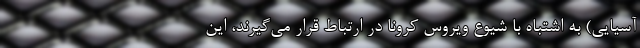
آسیایی) به اشتباه با شیوع ویروس کرونا در ارتباط قرار می‌گیرند، این